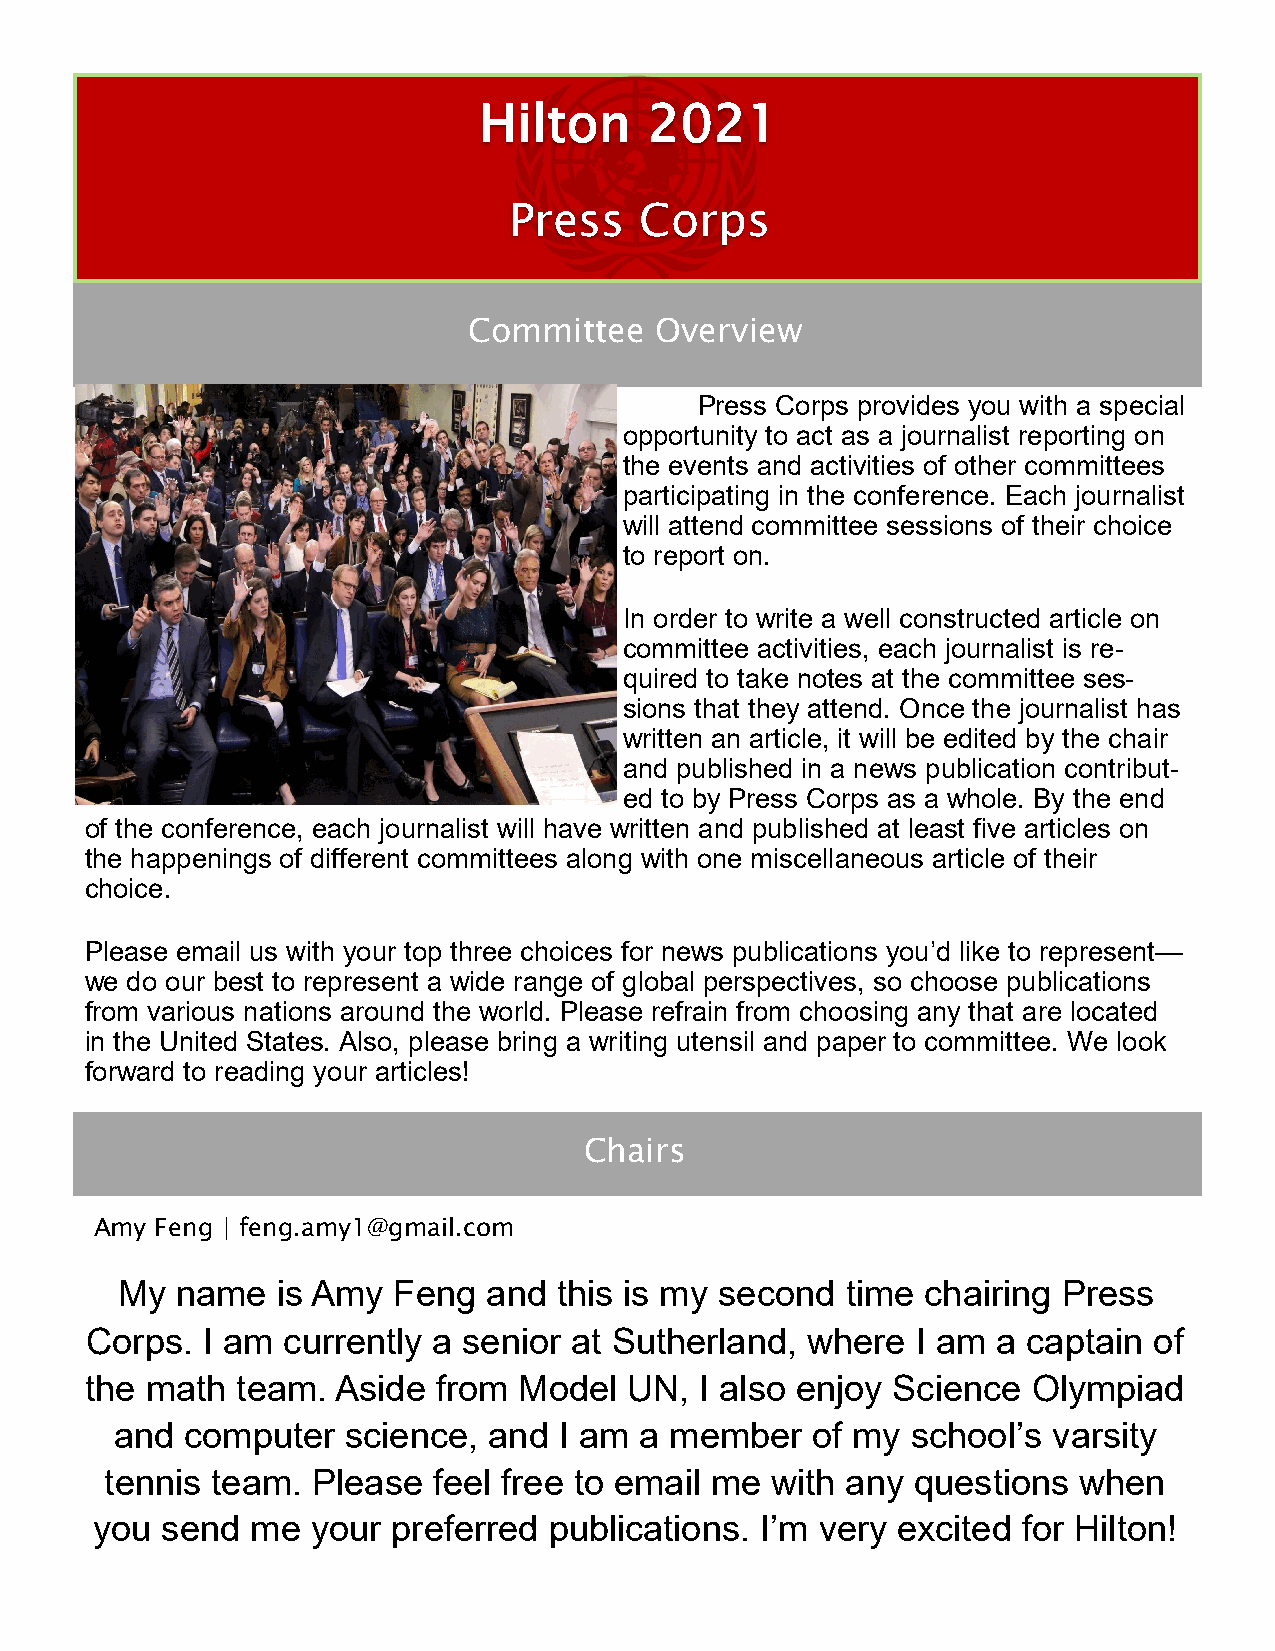
HHILilTtoOnN 2 2002211
 PPrreessss CCoorrppss
 Committee   Overview
 Press Corps provides you with a special
 opportunity to act as a journalist reporting on
 the events and activities of other committees
 participating in the conference. Each journalist
 will attend committee sessions of their choice
 to report on.
 In order to write a well constructed article on
 committee activities, each journalist is re-
 quired to take notes at the committee ses-
 sions that they attend. Once the journalist has
 written an article, it will be edited by the chair
 and published in a news publication contribut-
 ed to by Press Corps as a whole. By the end
 of the conference, each journalist will have written and published at least five articles on
 the happenings of different committees along with one miscellaneous article of their
 choice.
 Please email us with your top three choices for news publications you’d like to represent—
 we do our best to represent a wide range of global perspectives, so choose publications
 from various nations around the world. Please refrain from choosing any that are located
 in the United States. Also, please bring a writing utensil and paper to committee. We look
 forward to reading your articles!
 Chairs
 Amy Feng | feng.amy1@gmail.com
 My  name  is Amy  Feng  and  this is my second  time chairing Press
 Corps. I am  currently a senior at Sutherland, where   I am a captain of
 the math  team. Aside  from Model   UN, I also enjoy Science  Olympiad
 and computer   science, and  I am a member    of my school’s  varsity
 tennis team.  Please  feel free to email me with any questions  when
 you  send  me  your preferred publications. I’m very excited  for Hilton!